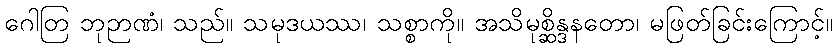
ဂေါတြ ဘုဉာဏံ၊ သည်။ သမုဒယဿ၊ သစ္စာကို။ အသိမုစ္ဆိန္ဒနတော၊ မဖြတ်ခြင်းကြောင့်။